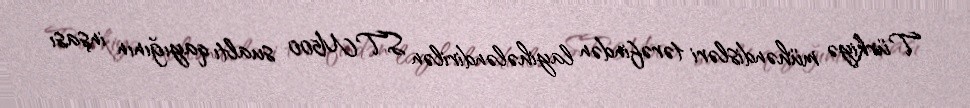
Türkiyə mühəndisləri tərəfindən layihələndirilən STM500 sualtı qayığının inşası